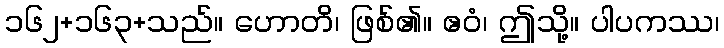
၁၆၂+၁၆၃+သည်။ ဟောတိ၊ ဖြစ်၏။ ဧဝံ၊ ဤသို့။ ပါပကဿ၊